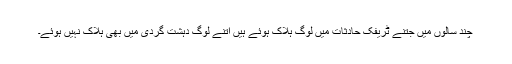
چند سالوں میں جتنے ٹریفک حادثات میں لوگ ہلاک ہوئے ہیں اتنے لوگ دہشت گردی میں بھی ہلاک نہیں ہوئے۔